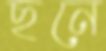
ছনে